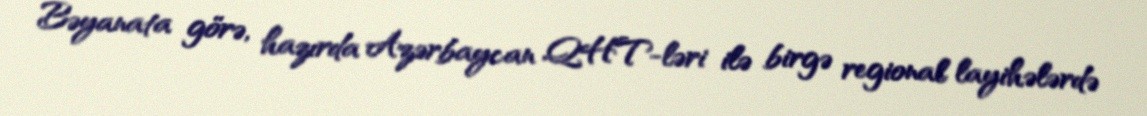
Bəyanata görə, hazırda Azərbaycan QHT-ləri ilə birgə regional layihələrdə